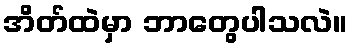
အိတ်ထဲမှာ ဘာတွေပါသလဲ။